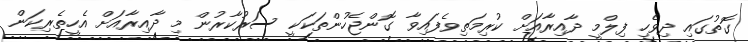
ގޮތުގައި ދިވެހި ފިލްމީ ދާއިރާއަށް ކުރިމަތިވެފައިވާ ގޮންޖެހުންތަކަކީ ސަރުކާރުން މި ދާއިރާއަށް އެހީތެރިކަން